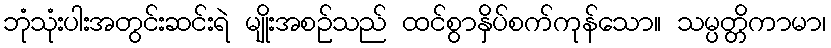
ဘုံသုံးပါးအတွင်းဆင်းရဲ မျိုးအစဉ်သည် ထင်စွာနှိပ်စက်ကုန်သော။ သမ္ပတ္တိကာမာ၊